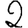
Digit: 2